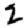
Digit: 2